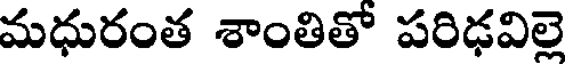
మధురంత శాంతితో పరిఢవిల్లె